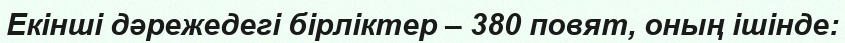
Екінші дәрежедегі бірліктер – 380 повят, оның ішінде: